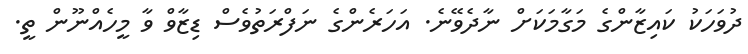
ދުވަހަކު ކައިޒާންގެ މަގާމަކަށް ނާދެވޭނެ. އަހަރެންގެ ނަފްރަތުވެސް ޑިޒާވް ވާ މީހެއްނޫން ތީ.